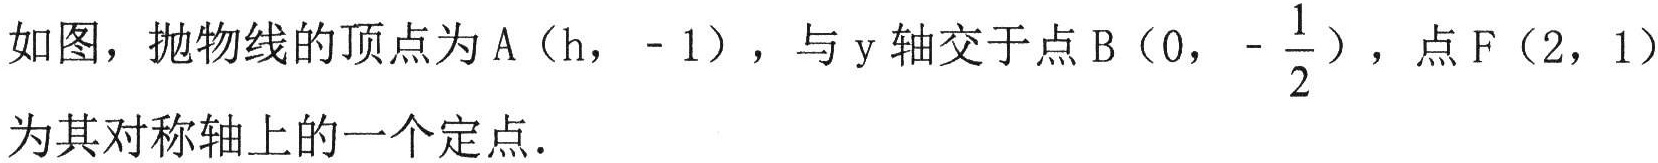
如图，抛物线的顶点为A（h， - 1），与y轴交于点B（0，$-\frac{1}{2}$），点F（2，1）为其对称轴上的一个定点.